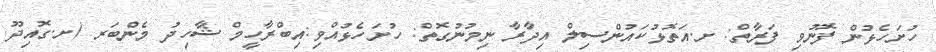
ހުށަހެޅުން ފޮނުވި ފަރާތް: ށ.އަތޮޅުކައުންސިލް އިދާރާ ނިމުނުގޮތް: ހުށަހެޅުއްވި:އިބްރާހީމް ޝާހިދު މެންބަރ (ށ.ގޮއިދޫ